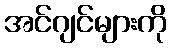
အင်ဂျင်များကို